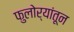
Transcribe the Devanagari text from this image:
फुलोर्‍यांतून